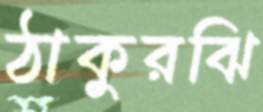
ঠাকুরঝি